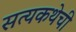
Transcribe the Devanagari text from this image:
सत्यकथेची